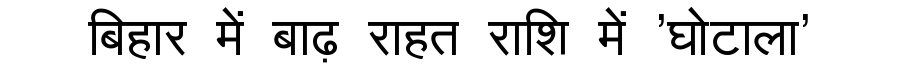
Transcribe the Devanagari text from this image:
बिहार में बाढ़ राहत राशि में 'घोटाला'